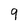
Character: 9